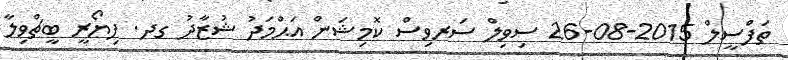
ތަފްސީލް 2015-08-26 ސިވިލް ސަރވިސް ކޮމިޝަން އަޙްމަދު ޝުޒާދު ގދ. ފިޔޯރީ ބީޗްވިލާ